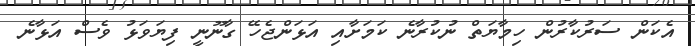
އެކަން ސަރުކާރުން ހިމާޔަތް ނުކުރާނެ ކަމަށާއި އަޅަންޖެހޭ ގާނޫނީ ފިޔަވަޅު ވެސް އަޅާނެ